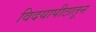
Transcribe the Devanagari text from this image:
विदयापीठातून